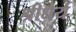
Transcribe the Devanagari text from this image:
श्रीधैर्य